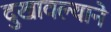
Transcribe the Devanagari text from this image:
दुखावल्याने